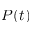
P ( t )